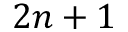
2 n + 1